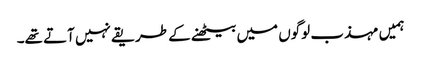
ہمیں مہذب لوگوں میں بیٹھنے کے طریقے نہیں آتے تھے۔